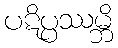
ပဋိပ္ပဿမ္ဘိ